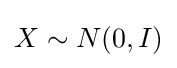
{\textstyle X\sim N(0,I)}